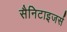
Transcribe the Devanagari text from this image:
सैनिटाइजर्स